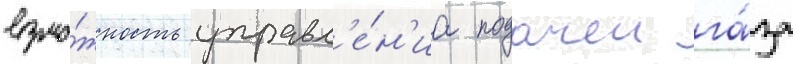
возмо́жность управл'е́н'иа подачеи га́за